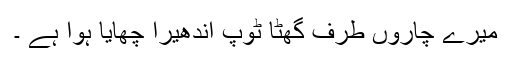
میرے چاروں طرف گھٹا ٹوپ اندھیرا چھایا ہوا ہے ۔